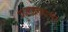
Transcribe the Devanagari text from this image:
फुलबागांची